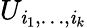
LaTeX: U_{\mathit{i}_{1},\dots,\mathit{i}_{k}}